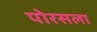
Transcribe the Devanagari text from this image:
पोरसला